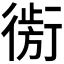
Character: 𰳮